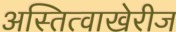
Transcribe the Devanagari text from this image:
अस्तित्वाखेरीज